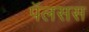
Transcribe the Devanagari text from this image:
पॅलसस